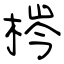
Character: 梣